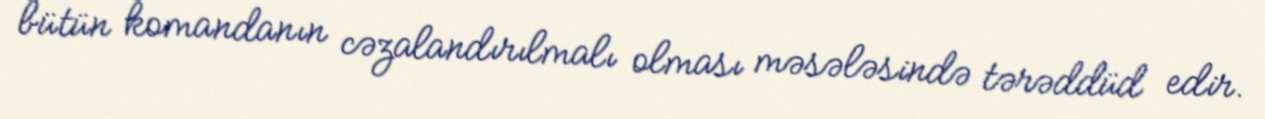
bütün komandanın cəzalandırılmalı olması məsələsində tərəddüd edir.